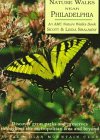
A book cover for Nature Walks Near Philadelphia; Linda Shalaway; Travel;